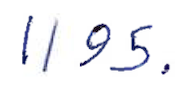
Text: 1195.
Cross-out: clean
Writing tool: ballpoint